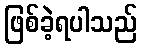
ဖြစ်ခဲ့ရပါသည်